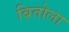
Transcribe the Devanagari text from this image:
बितोला